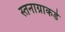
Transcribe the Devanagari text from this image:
स्तनाग्राकडे